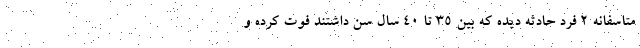
متاسفانه ۲ فرد حادثه دیده که بین ۳۵ تا ۴۰ سال سن داشتند فوت کرده و